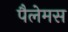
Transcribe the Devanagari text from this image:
पैलेमस